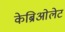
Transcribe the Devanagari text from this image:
केब्रिओलेट